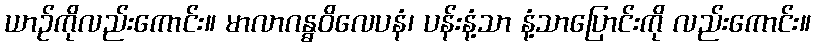
ယာဉ်ကိုလည်းကောင်း။ မာလာဂန္ဓဝိလေပနံ၊ ပန်းနံ့သာ နံ့သာပြောင်းကို လည်းကောင်း။